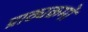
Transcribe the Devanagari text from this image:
प्राठ्यक्रमों